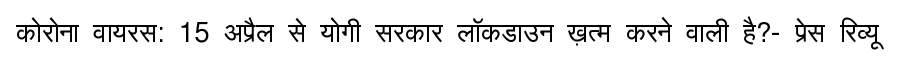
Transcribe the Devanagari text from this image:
कोरोना वायरस: 15 अप्रैल से योगी सरकार लॉकडाउन ख़त्म करने वाली है?- प्रेस रिव्यू